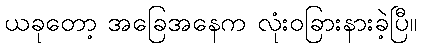
ယခုတော့ အခြေအနေက လုံးဝခြားနားခဲ့ပြီ။